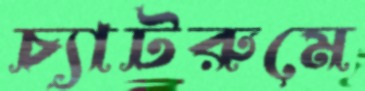
চ্যাটরুমে